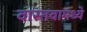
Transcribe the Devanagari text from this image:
वास्तवामध्ये